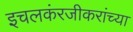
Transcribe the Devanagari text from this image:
इचलकंरजीकरांच्या